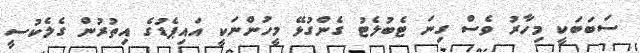
ސަބަބަކީ މިހާރު ވެސް ގިނަ ޓެބުލެޓު ގެންގުޅޭ މީހުންނަކީ އައިޕެޑުގެ އިތުރުން ގެލެކުސީ